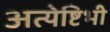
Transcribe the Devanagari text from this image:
अत्येष्टिभी